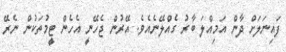
ފައިނަލަށް ދާން އަމިއްލަ ބާރު ގެއްލޭނެއެވެ. އޭރުން ޖެހޭނީ އެހެން ޓީމުތަކުން ނެރޭ